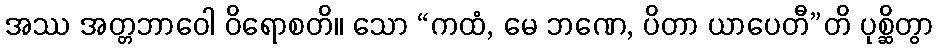
အဿ အတ္တဘာဝေါ ဝိရောစတိ။ သော “ကထံ, မေ ဘဏေ, ပိတာ ယာပေတီ”တိ ပုစ္ဆိတွာ